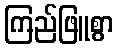
ကြည်ဖြူစွာ